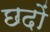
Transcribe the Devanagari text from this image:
छदों